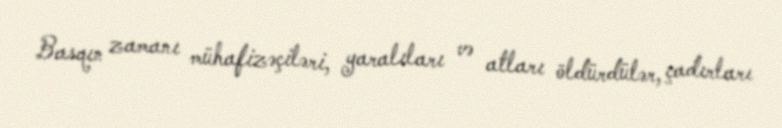
Basqın zamanı mühafizəçiləri, yaralıları və atları öldürdülər, çadırları